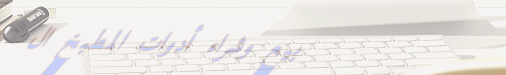
بيع وشراء أدوات المطبخ ال